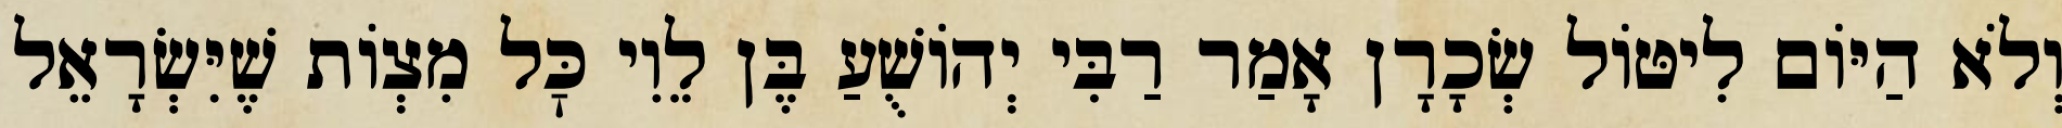
וְלֹא הַיּוֹם לִיטּוֹל שְׂכָרָן אָמַר רַבִּי יְהוֹשֻׁעַ בֶּן לֵוִי כׇּל מִצְוֹת שֶׁיִּשְׂרָאֵל